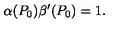
\alpha ( P _ { 0 } ) \beta ^ { \prime } ( P _ { 0 } ) = 1 .